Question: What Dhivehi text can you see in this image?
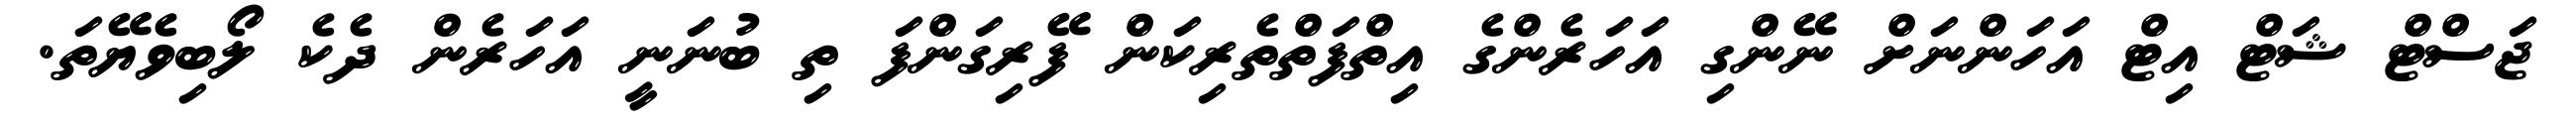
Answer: ޖަސްޓް ޝަޓް އިޓް އަހަންނަށް ނޭންގި އަހަރެންގެ އިތްފަތްތެރިކަން ފޭރިގަންފަ ތި ބުނަނީ އަހަރެން ދެކެ ލޯބިވެޔޭތަ.